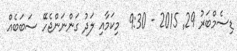
ޑިސެމްބަރު 29